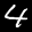
Digit: 4